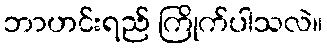
ဘာဟင်းရည် ကြိုက်ပါသလဲ။